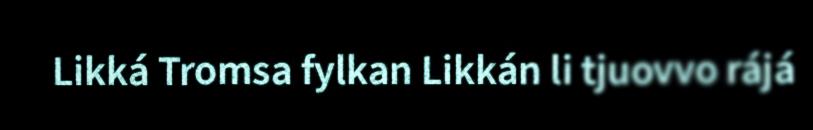
Likká Tromsa fylkan Likkán li tjuovvo rájá